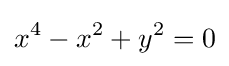
x^{4}-x^{2}+y^{2}=0